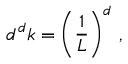
d ^ { d } k = \left( { \frac { 1 } { L } } \right) ^ { d } \, ,